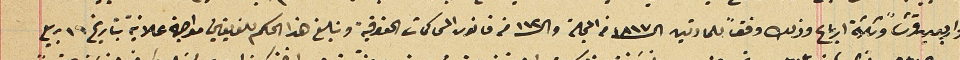
واربعين قرشاً وثلاثة ارباع وذلك وفقاً للمادتين ال١٨١٧ من المجلة وال١١٢ من قانون المحاكمات الحقوقية وتبلغ هذا الحكم للفريقين مواجهة علانية بتاريخ ١٦ ربيع